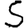
Digit: 5